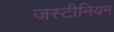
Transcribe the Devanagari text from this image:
जस्टीनियम